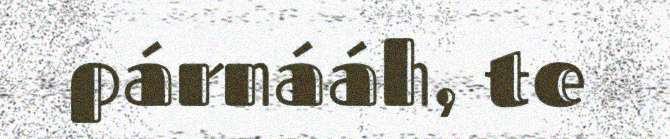
párnááh, te